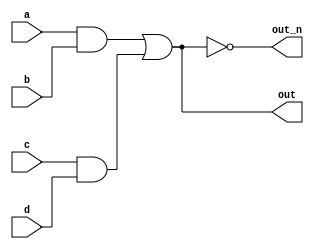
module top_module (
    input               a,
    input               b,
    input               c,
    input               d,
    output              out,
    output              out_n
);

    wire                ab_wire;
    wire                cd_wire;
    wire                out_wire;

    assign ab_wire = a & b;
    assign cd_wire = c & d;
    
    assign out_wire = ab_wire | cd_wire;

    assign out = out_wire;
    assign out_n = ~out_wire;

endmodule